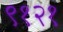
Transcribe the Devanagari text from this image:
९१२१